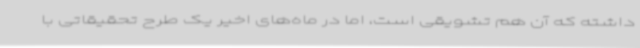
داشته که آن هم تشویقی است، اما در ماه‌های اخیر یک طرح تحقیقاتی با